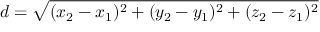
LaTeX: d = { \sqrt { ( x _ { 2 } - x _ { 1 } ) ^ { 2 } + ( y _ { 2 } - y _ { 1 } ) ^ { 2 } + ( z _ { 2 } - z _ { 1 } ) ^ { 2 } } }